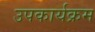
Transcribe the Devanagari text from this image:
उपकार्यक्रम